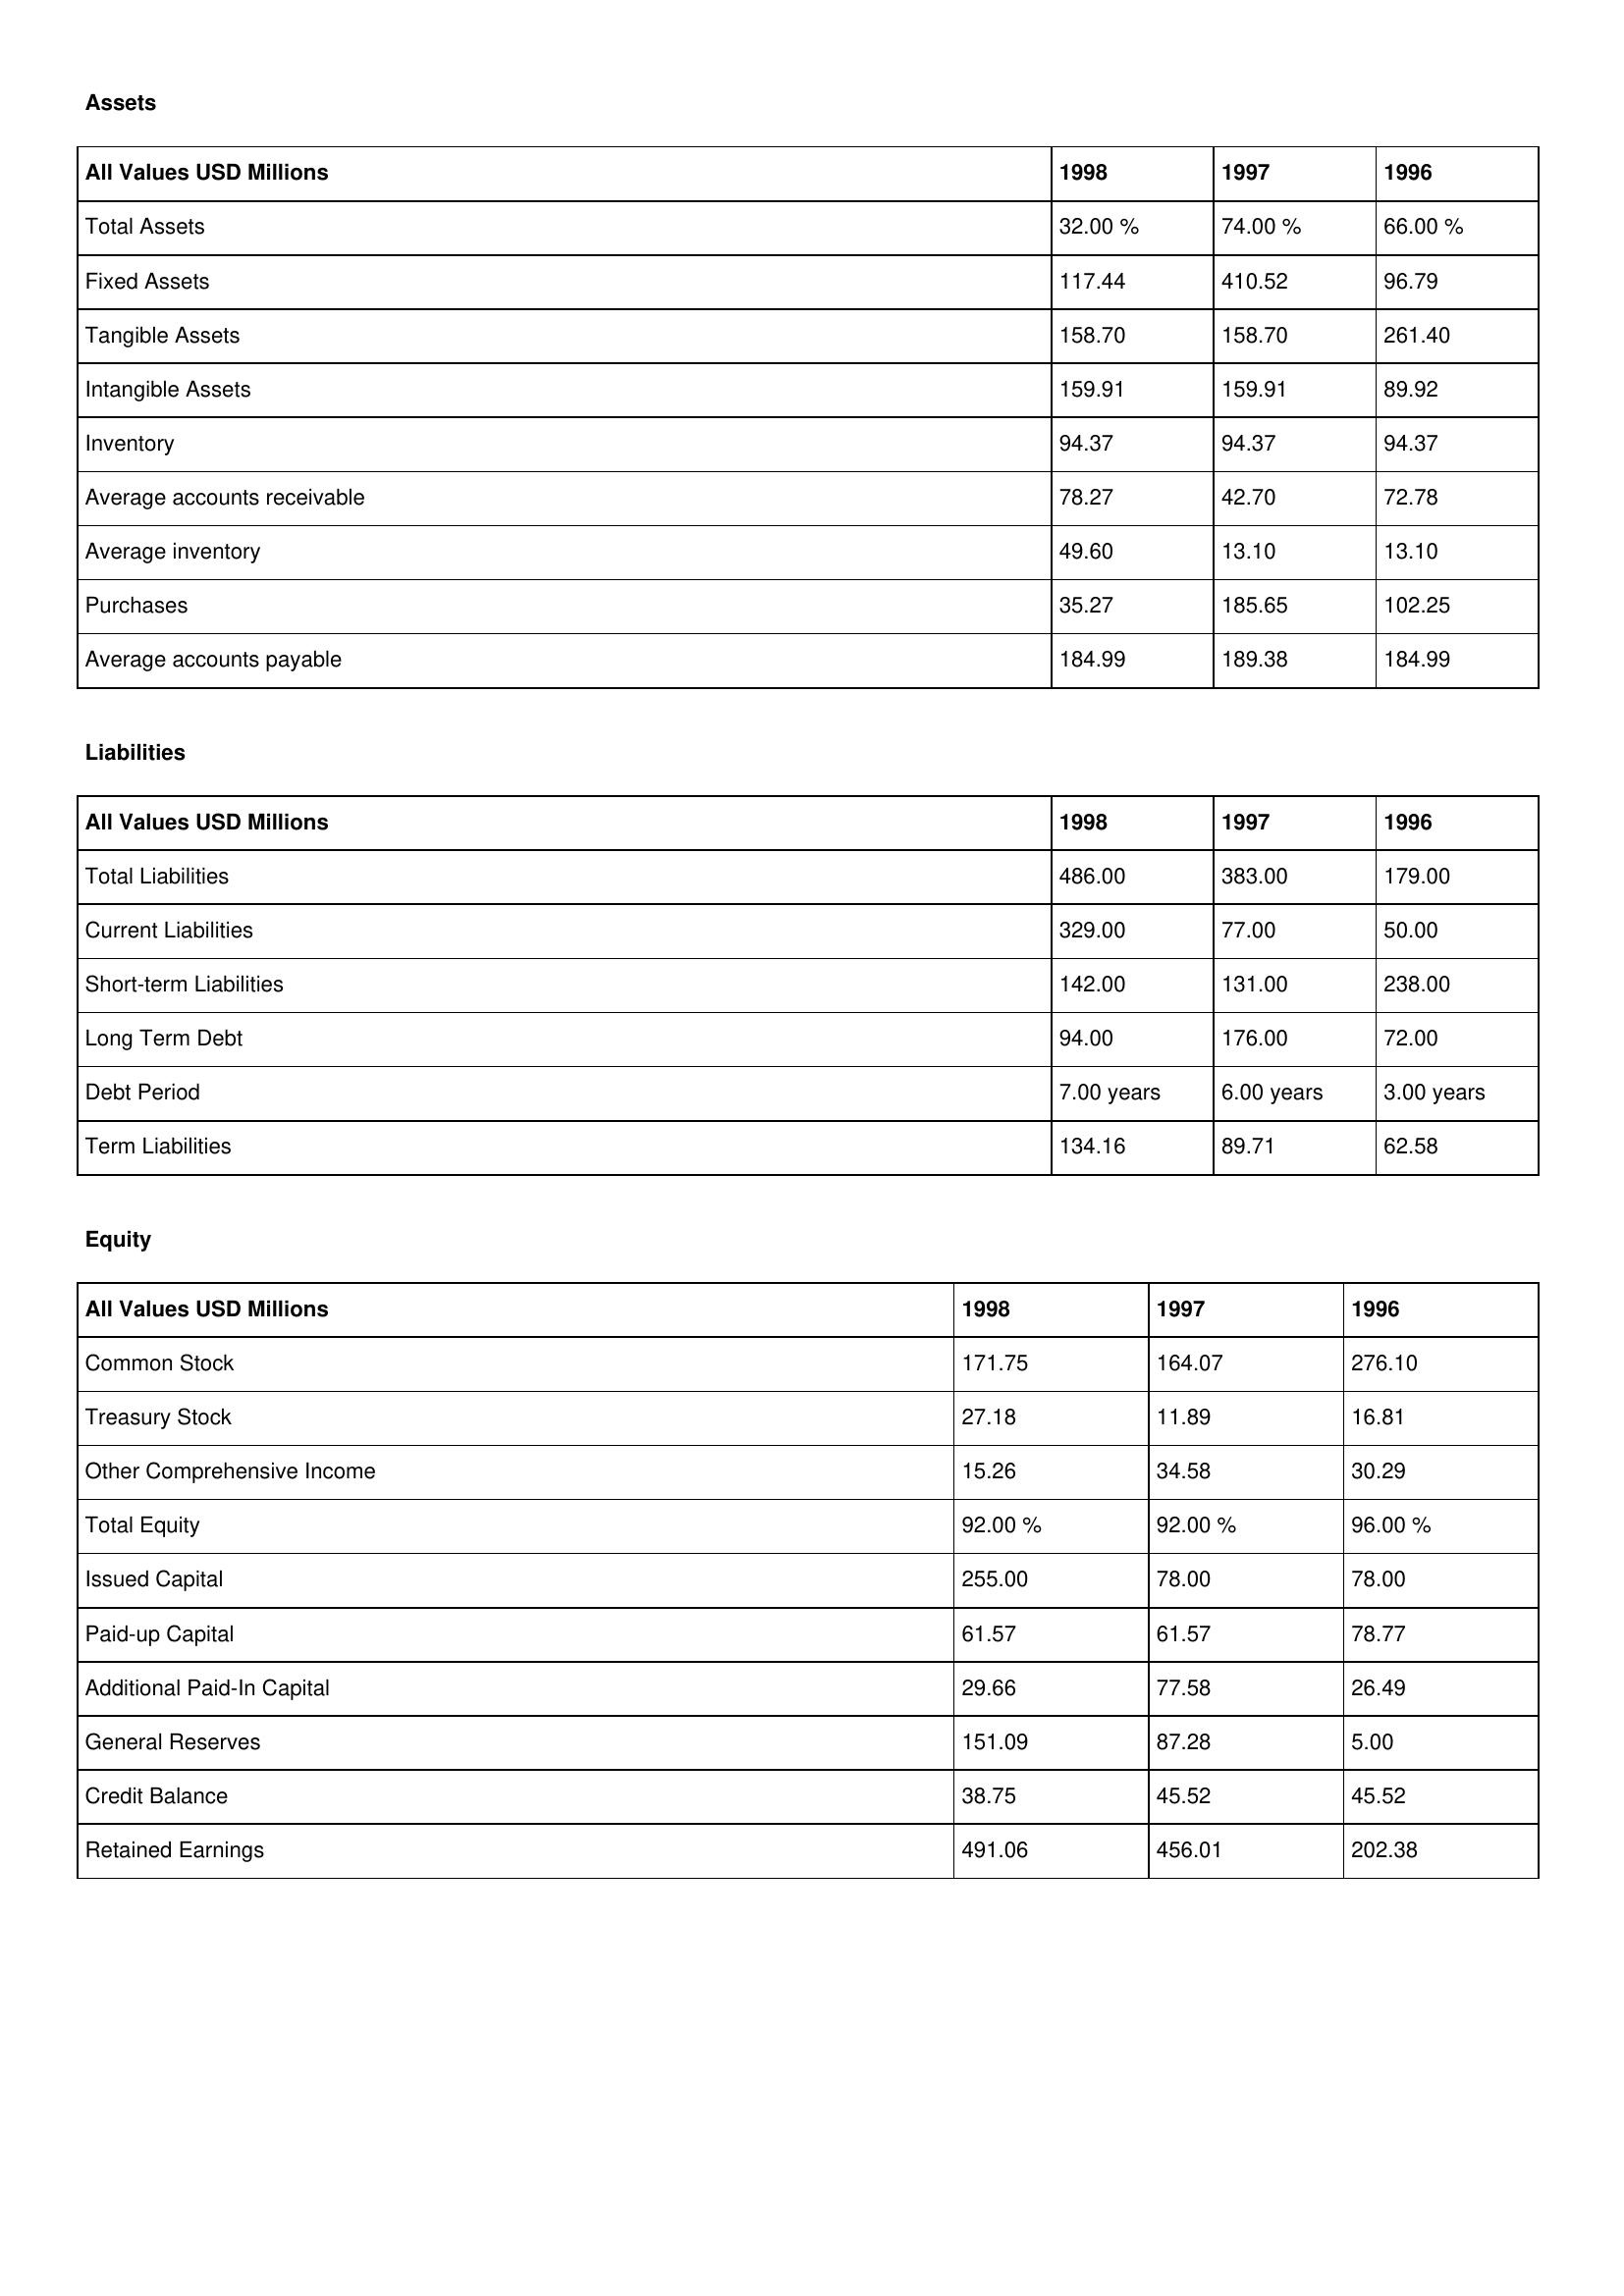
gt_parse: 1998: Assets: Total Assets: 32.00 %
Fixed Assets: 117.44
Tangible Assets: 158.70
Intangible Assets: 159.91
Inventory: 94.37
Average accounts receivable: 78.27
Average inventory: 49.60
Purchases: 35.27
Average accounts payable: 184.99
Liabilities: Total Liabilities: 486.00
Current Liabilities: 329.00
Short-term Liabilities: 142.00
Long Term Debt: 94.00
Debt Period: 7.00 years
Term Liabilities: 134.16
Equity: Common Stock: 171.75
Treasury Stock: 27.18
Other Comprehensive Income: 15.26
Total Equity: 92.00 %
Issued Capital: 255.00
Paid-up Capital: 61.57
Additional Paid-In Capital: 29.66
General Reserves: 151.09
Credit Balance: 38.75
Retained Earnings: 491.06
1997: Assets: Total Assets: 74.00 %
Fixed Assets: 410.52
Tangible Assets: 158.70
Intangible Assets: 159.91
Inventory: 94.37
Average accounts receivable: 42.70
Average inventory: 13.10
Purchases: 185.65
Average accounts payable: 189.38
Liabilities: Total Liabilities: 383.00
Current Liabilities: 77.00
Short-term Liabilities: 131.00
Long Term Debt: 176.00
Debt Period: 6.00 years
Term Liabilities: 89.71
Equity: Common Stock: 164.07
Treasury Stock: 11.89
Other Comprehensive Income: 34.58
Total Equity: 92.00 %
Issued Capital: 78.00
Paid-up Capital: 61.57
Additional Paid-In Capital: 77.58
General Reserves: 87.28
Credit Balance: 45.52
Retained Earnings: 456.01
1996: Assets: Total Assets: 66.00 %
Fixed Assets: 96.79
Tangible Assets: 261.40
Intangible Assets: 89.92
Inventory: 94.37
Average accounts receivable: 72.78
Average inventory: 13.10
Purchases: 102.25
Average accounts payable: 184.99
Liabilities: Total Liabilities: 179.00
Current Liabilities: 50.00
Short-term Liabilities: 238.00
Long Term Debt: 72.00
Debt Period: 3.00 years
Term Liabilities: 62.58
Equity: Common Stock: 276.10
Treasury Stock: 16.81
Other Comprehensive Income: 30.29
Total Equity: 96.00 %
Issued Capital: 78.00
Paid-up Capital: 78.77
Additional Paid-In Capital: 26.49
General Reserves: 5.00
Credit Balance: 45.52
Retained Earnings: 202.38